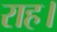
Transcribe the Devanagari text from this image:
राह।